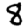
Digit: 8